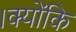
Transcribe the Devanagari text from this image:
।क्योंकि